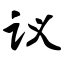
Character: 议